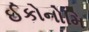
ઈકોનોમિ